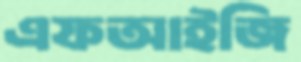
এফআইজি